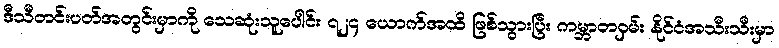
ဒီသီတင်းပတ်အတွင်းမှာကို သေဆုံးသူပေါင်း ၇၂၄ ယောက်အထိ ဖြစ်သွားပြီး ကမ္ဘာတဝှမ်း နိုင်ငံအသီးသီးမှာ